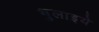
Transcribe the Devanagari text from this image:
भुलाइये